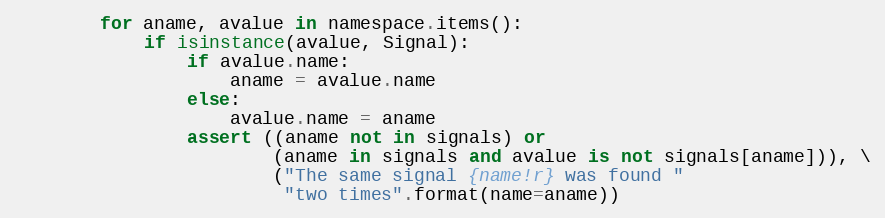
Language: Python
        for aname, avalue in namespace.items():
            if isinstance(avalue, Signal):
                if avalue.name:
                    aname = avalue.name
                else:
                    avalue.name = aname
                assert ((aname not in signals) or
                        (aname in signals and avalue is not signals[aname])), \
                        ("The same signal {name!r} was found "
                         "two times".format(name=aname))